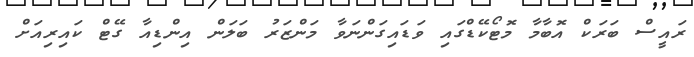
ރައީސް ބަރަކް އޮބާމާ މޮޓޯކޭޑްގައި ވަޑައިގަންނަވާ މަންޒަރު ބަލަން އިންޑިއާ ގޭޓް ކައިރިއަށް